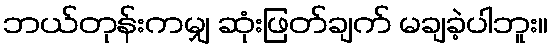
ဘယ်တုန်းကမျှ ဆုံးဖြတ်ချက် မချခဲ့ပါဘူး။